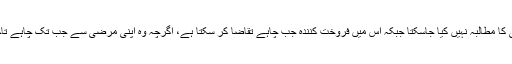
اس میں اور اُدھار میں فرق ہے، وہ یہ کہ ادھار میں مقررہ مدت سے قبل ادائیگی کا مطالبہ نہیں کیا جاسکتا جبکہ اس میں فروخت کنندہ جب چاہے تقاضا کر سکتا ہے، اگرچہ وہ اپنی مرضی سے جب تک چاہے تاخیر کرتا رہے لیکن اسے بیع کے فوری بعد مطالبے کا حق حاصل ہو جاتا ہے ۔